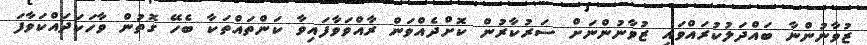
ޒުވާނުންނާ ބައްދަލުކުރައްވައި ޒުވާނުންނަށް ސަރުކާރުން ކޮށްދެެއްވަން ރާއްވަވާފައިވާ ކަންތައްތަކާ ބެހޭ ގޮތުން ވާހަކަދައްކަވާފަ